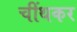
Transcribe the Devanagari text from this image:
चींथकर